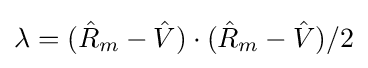
\lambda =({\hat {R}}_{m}-{\hat {V}})\cdot ({\hat {R}}_{m}-{\hat {V}})/2